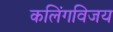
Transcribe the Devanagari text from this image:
कलिंगविजय